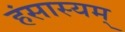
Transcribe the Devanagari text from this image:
हंसास्यम्